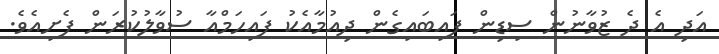
އަދި އެ ދެ ޒުވާނުން ސިޑިން ފައިބައިގެން ދިއުމާއެކު ފައިހަމްއާ ސުވާލުކުރަން ފެށިއެވެ.